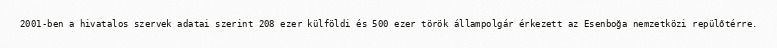
2001-ben a hivatalos szervek adatai szerint 208 ezer külföldi és 500 ezer török állampolgár érkezett az Esenboğa nemzetközi repülőtérre.